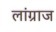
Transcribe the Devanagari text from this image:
लांग्राज